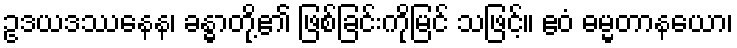
ဥဒယဒဿနေန၊ ခန္ဓာတို့၏ ဖြစ်ခြင်းကိုမြင် သဖြင့်။ ဧဝံ ဓမ္မတာနယော၊